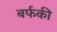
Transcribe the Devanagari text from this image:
बर्फकी